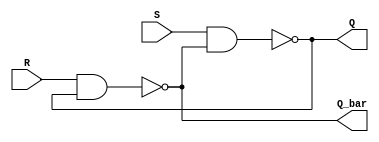
module sr_latch (
    input S,
    input R,
    output Q,
    output Q_bar
);

  wire nand1_out, nand2_out;

  nand nand1(nand1_out, S, Q_bar);
  nand nand2(nand2_out, R, Q);

  assign Q = nand1_out;
  assign Q_bar = nand2_out;

endmodule